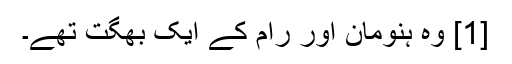
[1] وہ ہنومان اور رام کے ایک بھگت تھے۔